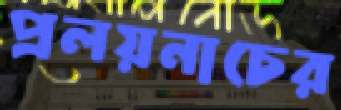
প্রলয়নাচের